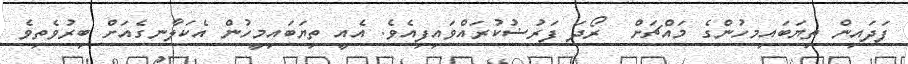
ފަދައިން ތިޔަބައިމހުންގެ މައްޗަށް  ރޯދަ ފަރުޟުކުރައްވައިފިއެވެ. އެއީ ތިޔަބައިމީހުން އެކަލާނގެއަށް ބިރުވެތިވެ